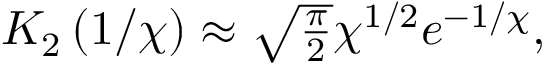
\begin{array} { r } { K _ { 2 } \left( 1 / \chi \right) \approx \sqrt { \frac { \pi } { 2 } } \chi ^ { 1 / 2 } e ^ { - 1 / \chi } , } \end{array}